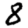
Digit: 8